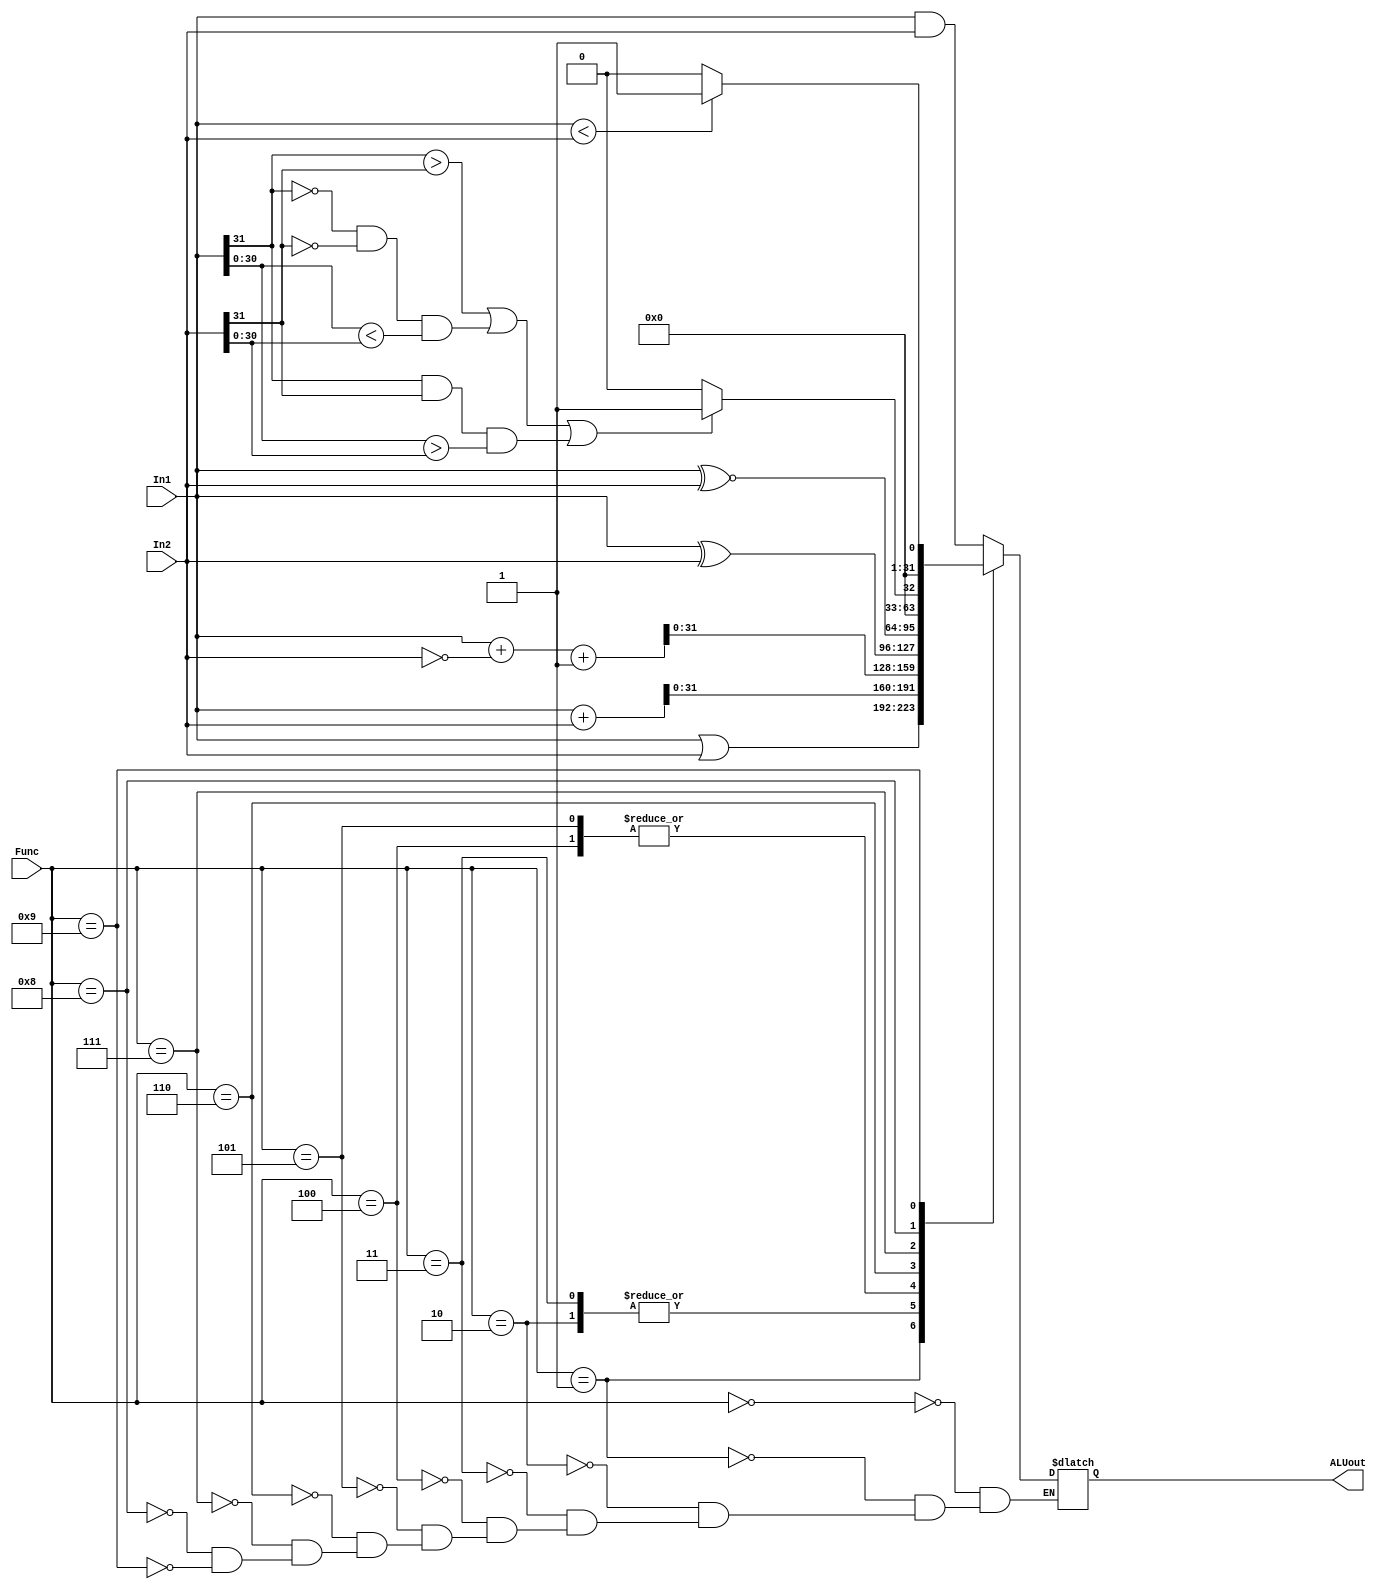
module ALU (input [31:0] In1, In2, input [3:0] Func, 
		output reg [31:0] ALUout) ;
  	//wire [31:0] BB ;
	wire [31:0] S ;
  	wire [31:0] Sub ;
	wire y2;
	wire y;
  	wire cout ;
  	wire [31:0] US;
  	

  	//assign BB = (Func[3]) ? ~In2 : In2 ;
  	assign {cout, S} = In1 + In2; //was bb signed
  	assign {cout, Sub} = In1 + ~In2 + 1; 
	assign y =(In1[31:31]> In2[31:31]||(In1[31:31]==0&&In2[31:31]==0&&In1[30:0]<In2[30:0])||(In1[31:31]==1 && In2[31:31]==1 && In1[30:0] > In2[30:0])) ? 32'b1:32'b0;
  	assign y2 = (In1 < In2 )? 32'b1 : 32'b0;
	always @ * begin
   	case (Func[3:0]) 
    		4'b0000 : ALUout <= In1 & In2 ; //and / andi
    		4'b0001 : ALUout <= In1 | In2 ; //or and ori
    		4'b0010 : ALUout <= S; //add and addi
    		4'b0011 : ALUout <= S;
    		4'b0100 : ALUout <= Sub; // sub
    		4'b0101 : ALUout <= Sub; // subu
		4'b0110 : ALUout <= In1 ^ In2; // Xor ,Xori
		4'b0111 : ALUout <= In1 ^~ In2; // Xnor ,Xnori
		4'b1000 : ALUout <= y; //SLT, SLTi
		4'b1001 : ALUout <= y2; //SLTU, SLTiU
	endcase
	end
endmodule